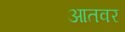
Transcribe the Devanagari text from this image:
आतवर